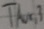
Text: TAUX,3